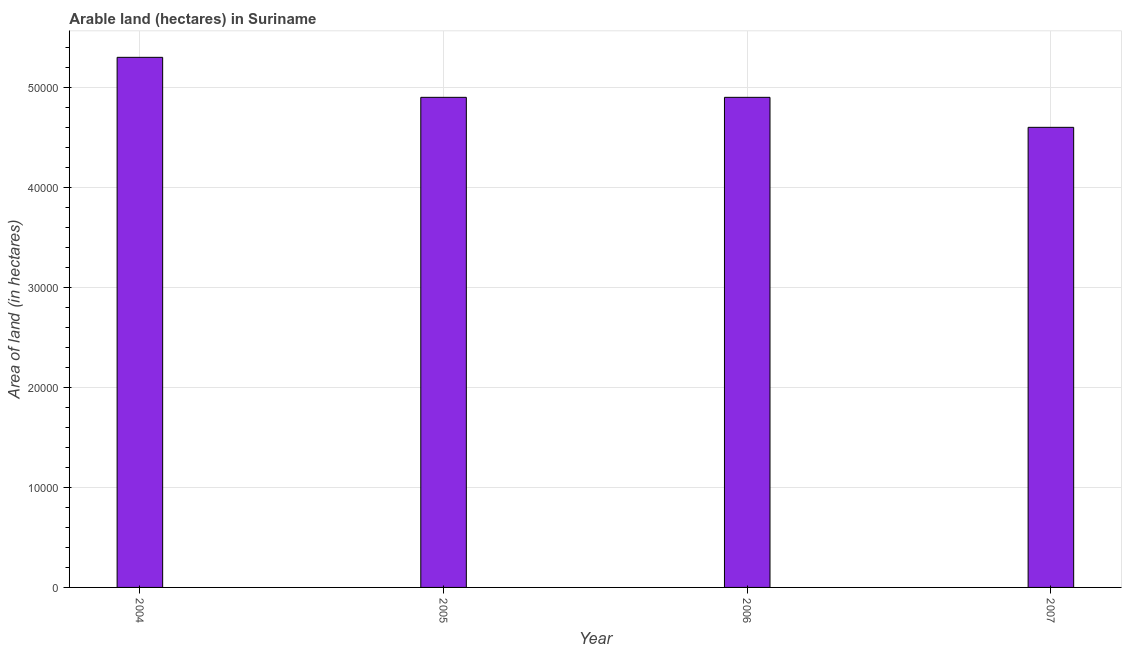
| Year | Area of land |
 | --- | --- |
 | 2004 | 5.3e+04 |
 | 2005 | 4.9e+04 |
 | 2006 | 4.9e+04 |
 | 2007 | 4.6e+04 |